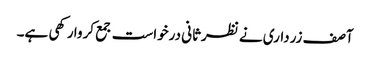
آصف زرداری نے نظرثانی درخواست جمع کروا رکھی ہے۔